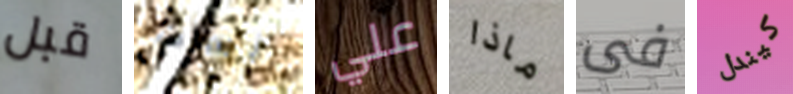
قبل آنسات علي ماذا فى كيندل